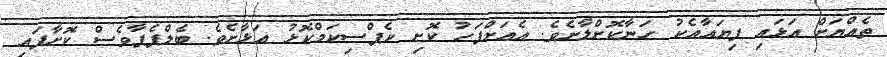
ތެއްޔަށް އަޅައި ފިޔައާއެކު ހަނާކޮށްލާށެވެ. އެއަށްފަހު ކޮށި ކެޕްސިކަމްކޮޅު އަޅާށެވެ. ބެލްޕެޕާވެސް ކޮށާފައި